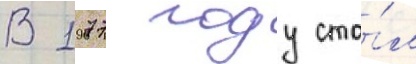
В 1977 году ста́л